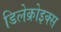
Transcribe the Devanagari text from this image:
डिलेक्रोइक्‍स